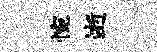
惋逝